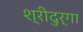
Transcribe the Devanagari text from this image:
श्रीदुर्गा